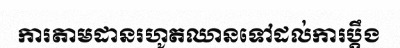
ការតាមដានរហូតឈានទៅដល់ការប្តឹង